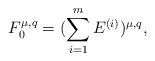
LaTeX: \begin{align*}F^{\mu,q}_{0}=(\sum_{i=1}^{m}E^{(i)})^{\mu,q},\end{align*}